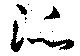
泒